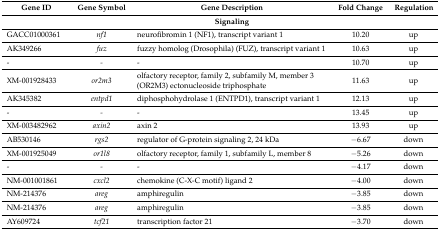
<table><thead><tr><td><b>Gene ID</b></td><td><b>Gene Symbol</b></td><td><b>Gene Description</b></td><td><b>Fold Change</b></td><td><b>Regulation</b></td></tr><tr><td></td><td></td><td><b>Signaling</b></td><td></td><td></td></tr></thead><tbody><tr><td>GACC01000361</td><td><i>nf1</i></td><td>neurofibromin 1 (NF1), transcript variant 1</td><td>10.20</td><td>up</td></tr><tr><td>AK349266</td><td><i>fuz</i></td><td>fuzzy homolog (Drosophila) (FUZ), transcript variant 1</td><td>10.63</td><td>up</td></tr><tr><td>-</td><td><i>-</i></td><td>-</td><td>10.70</td><td>up</td></tr><tr><td>XM-001928433</td><td><i>or2m3</i></td><td>olfactory receptor, family 2, subfamily M, member 3 (OR2M3) ectonucleoside triphosphate</td><td>11.63</td><td>up</td></tr><tr><td>AK345382</td><td><i>entpd1</i></td><td>diphosphohydrolase 1 (ENTPD1), transcript variant 1</td><td>12.13</td><td>up</td></tr><tr><td>-</td><td><i>-</i></td><td>-</td><td>13.45</td><td>up</td></tr><tr><td>XM-003482962</td><td><i>axin2</i></td><td>axin 2</td><td>13.93</td><td>up</td></tr><tr><td>AB530146</td><td><i>rgs2</i></td><td>regulator of G-protein signaling 2, 24 kDa</td><td>−6.67</td><td>down</td></tr><tr><td>XM-001925049</td><td><i>or1l8</i></td><td>olfactory receptor, family 1, subfamily L, member 8</td><td>−5.26</td><td>down</td></tr><tr><td>-</td><td><i>-</i></td><td>-</td><td>−4.17</td><td>down</td></tr><tr><td>NM-001001861</td><td><i>cxcl2</i></td><td>chemokine (C-X-C motif) ligand 2</td><td>−4.00</td><td>down</td></tr><tr><td>NM-214376</td><td><i>areg</i></td><td>amphiregulin</td><td>−3.85</td><td>down</td></tr><tr><td>NM-214376</td><td><i>areg</i></td><td>amphiregulin</td><td>−3.85</td><td>down</td></tr><tr><td>AY609724</td><td><i>tcf21</i></td><td>transcription factor 21</td><td>−3.70</td><td>down</td></tr></tbody></table>